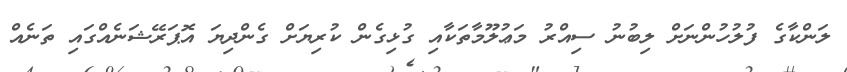
ލަންކާގެ ފުލުހުންނަށް ލިބުނު ސިއްރު މަޢުލޫމާތަކާއި ގުޅިގެން ކުރިޔަށް ގެންދިޔަ އޮޕަރޭޝަނެއްގައި ތަނެއް